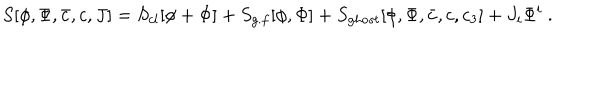
S [ \phi , \Phi , \bar { c } , c , J ] = S _ { c l } [ \phi + \Phi ] + S _ { g . f } [ \phi , \Phi ] + S _ { g h o s t } [ \phi , \Phi , \bar { c } , c , c _ { 3 } ] + J _ { i } \Phi ^ { i } \ .